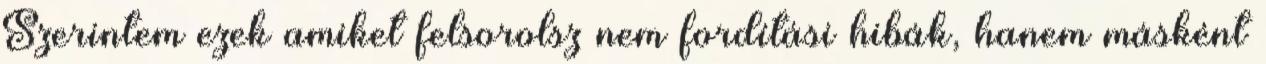
Szerintem ezek amiket felsorolsz nem fordítási hibák, hanem másként